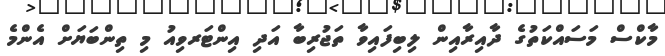
މާކްސް މަސައްކަތުގެ ދާއިރާއިން ލިބިފައިވާ ތަޖުރިބާ އަދި އިންޓަރވިއު މި ތިންބަޔަށް އެންމެ